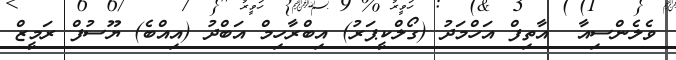
ވެލެންސިއާ  އާތިފް އަހްމަދު (ގޯލްކީޕަރު) އިބްރާހިމް އަބްދު (އިއްބެ) ޔޫސުފް ރަމީޒް